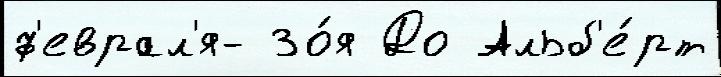
ф'еврал'я- Зо́я До Альб'е́рт